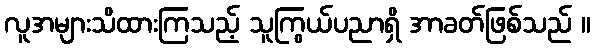
လူအများသိထားကြသည့် သူကြွယ်ပညာရှိ အာခတ်ဖြစ်သည် ။